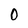
Character: 0